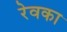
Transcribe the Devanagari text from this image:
रेवका